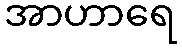
အာဟာရေ